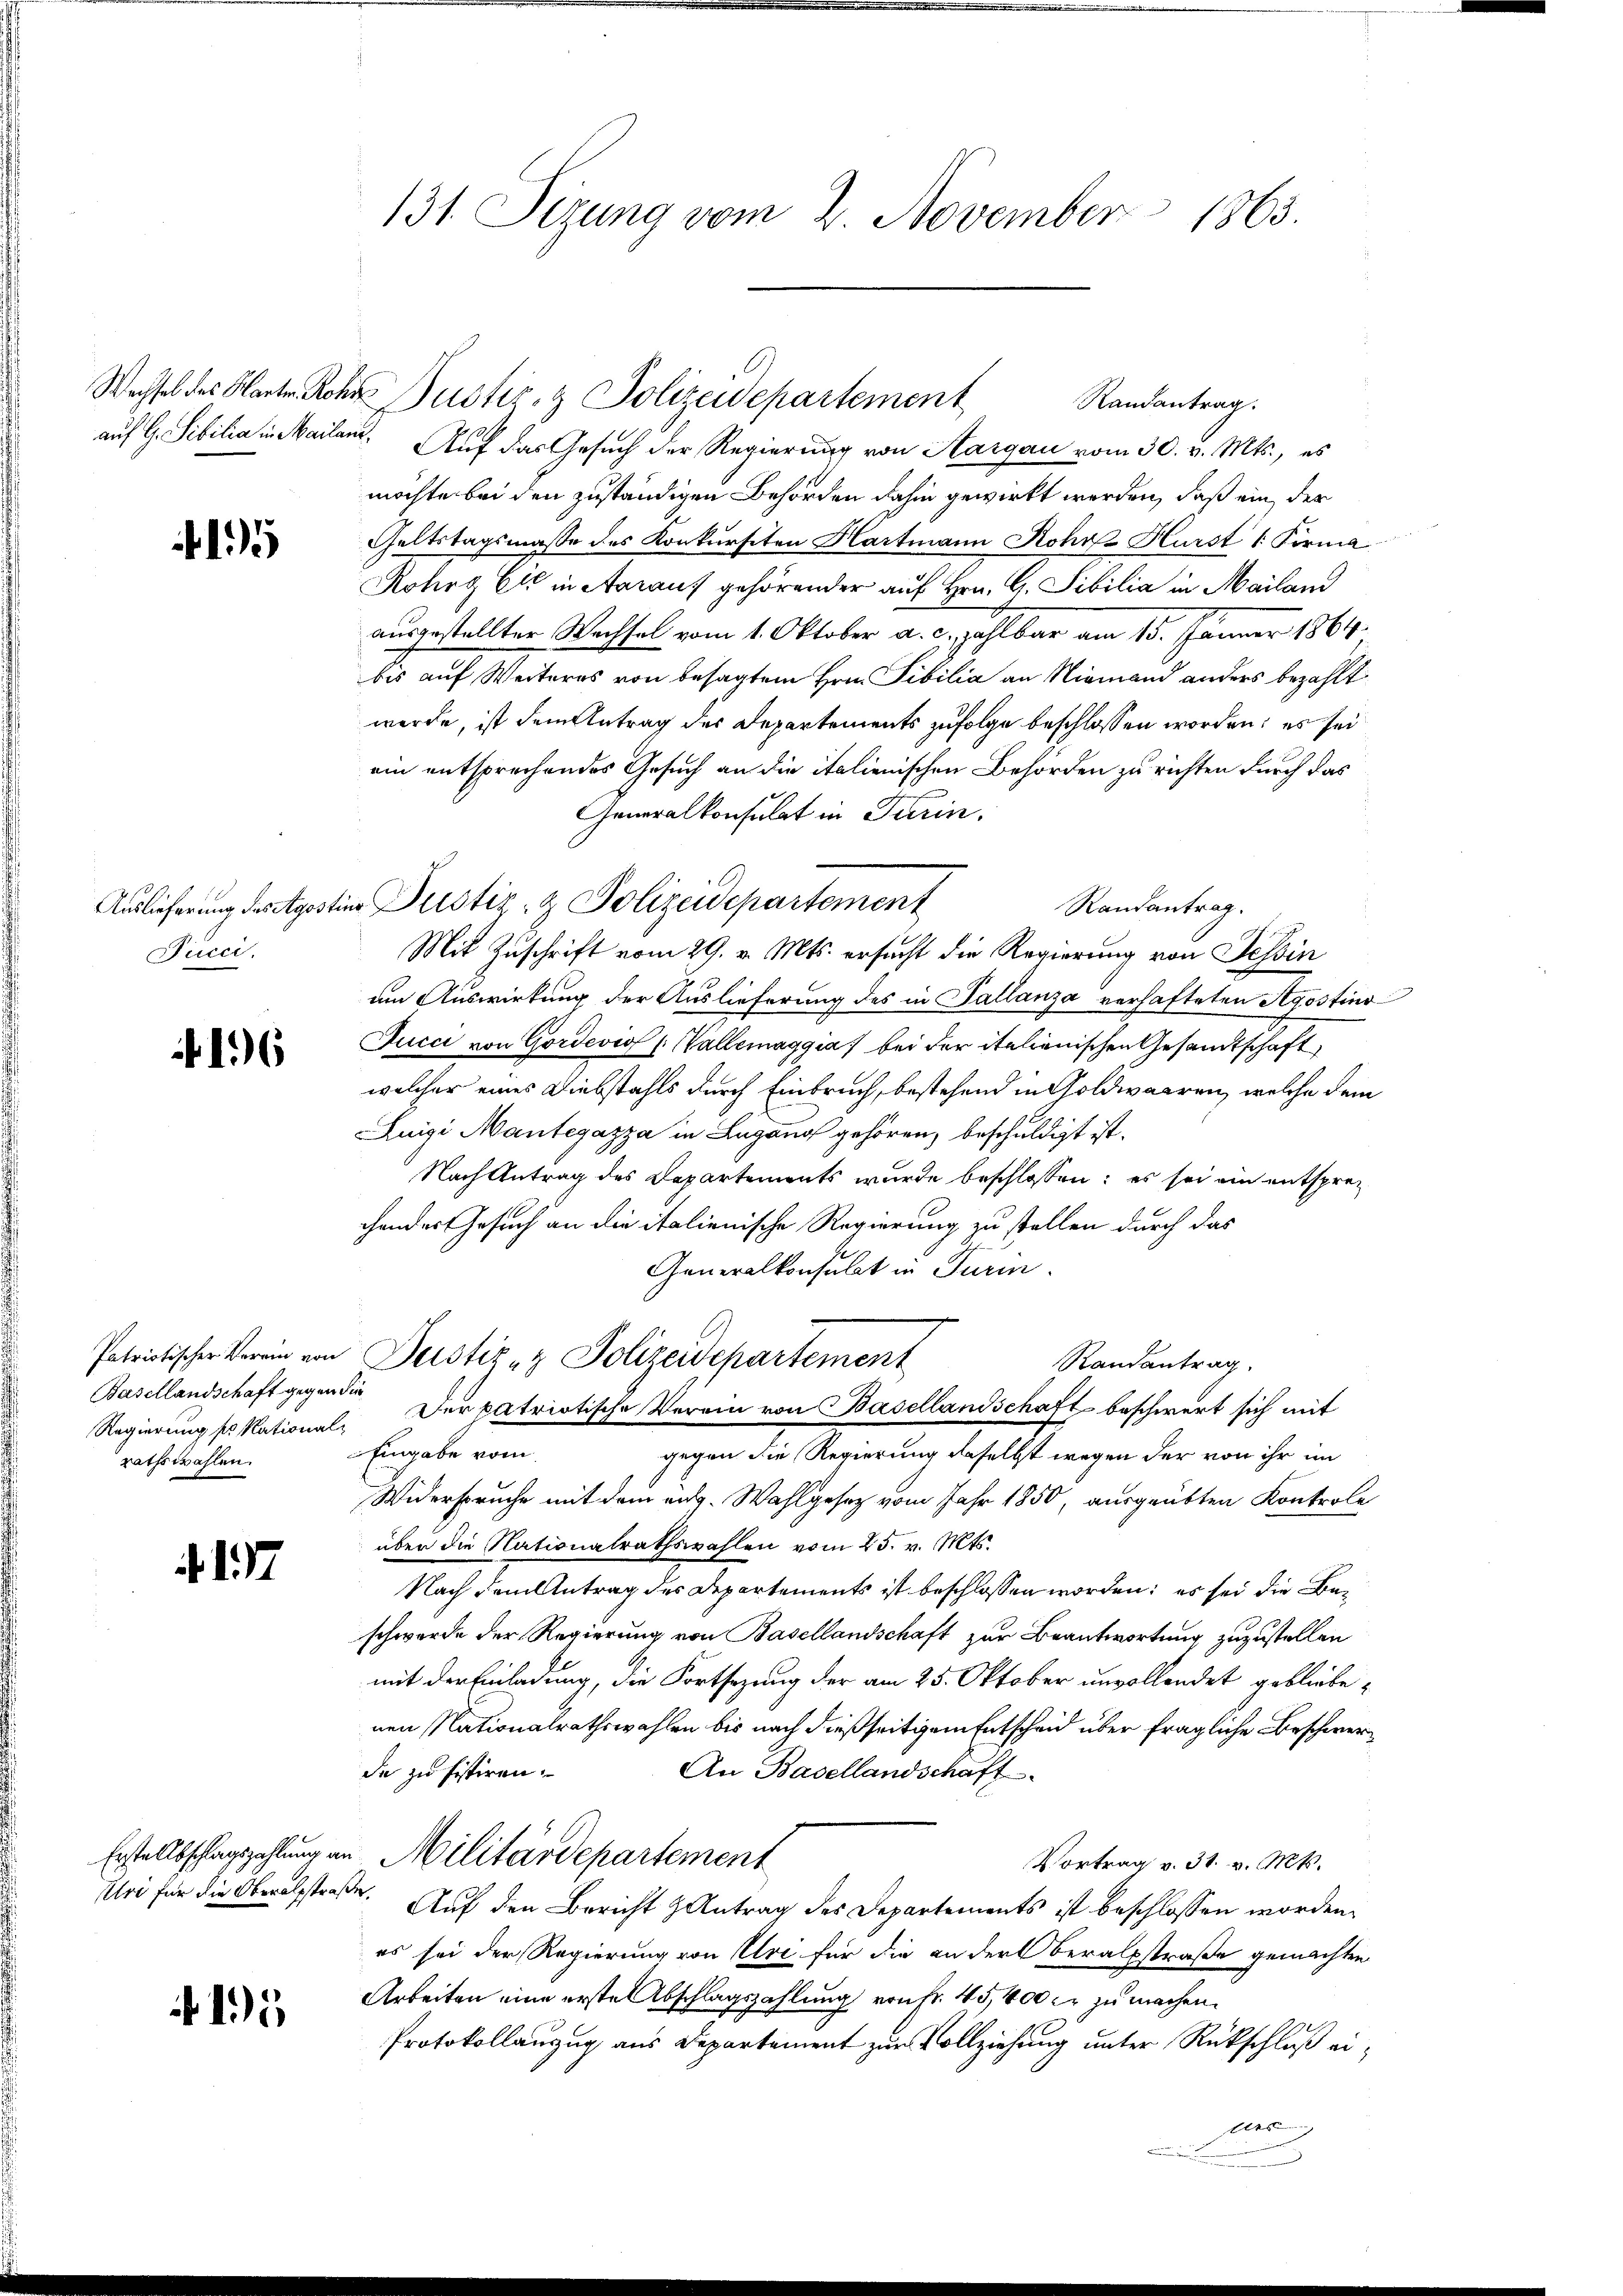
195

Pucci.

. 16

Basellandschaft gegen die
Regierung so kational
rathswahlen.

.17

Uri für die Oberalstra¬

15

131. Sizung vom 2. November 1863.

auf G. Sibilia in Mailan. Auf das Gesuch der Regierung von Aargau vom 30. v. Mts., es
möchte bei den zuständigen Behörden dahin gewirkt werden, daß ein, der
Geltstagsmasse des Konkursiten Hartmann Rohrs Hurst 1 Forma
Rohrg Er in Aarauf gehörender auf Hrn. G. Sibilia in Mailand
ausgestellter Wechsel vom 1. Oktober a. c. zahlbar am 15. Jänner 1864.
bis auf Weiteres von besagtem Hrn. Tibilia an Niemand anders bezahlt
werde, ist dem Antrag des Departements zufolge beschlossen worden; es sei
ein entsprechendes Gesuch an die italienischen Behörden zu richten durch das
Generalkonsulat in Turin.
Randantrag.
f.
Mit Zuschrift vom 29. v. Mts. ersucht die Regierung von Tessin
am Auswirkung der Auslieferung des in Tallanza verhafteten Agostins
Jucci von Gordevio (Wallemaggia bei der italienischen Gesandtschaft
welcher eines Diebstahls durch Einbruch, bestehend in Goldwaaren, welche dem
Luigi Mantegazza in Lugang gehören, beschuldigt ist.
Nach Antrag des Departements wurde beschlossen: es sei ein entsprec
chendes Gesuch an die italienische Regierung zu stellen durch das
Generalkonsulat in Turin.
Patriotischer Verein von Justiz- & Polizeidepartement
Randantrag
Der patriotische Verein von Basellandschaft beschwert sich mit
Eingabe vom
gegen die Regierung daselbst wegen der von ihr im
Widerspruche mit dem eidg. Wahlgesetz vom Jahr 1850, ausgeübten Kontrole
über die Nationalrathswahlen vom 25. v. Mts.
Nach dem Antrag des Departements ist beschlossen worden; es sei die Beschwerde der Regierung von Basellandschaft zur Beantwortung zuzustellen
mit der Einladung, die Fortsezung der am 25. Oktober unvollendet gebliebenen Nationalrathswahlen bis nach dießseitigem Entscheid über fragliche Beschwerde zu sistiren.
An Basellandschaft
Erstellbschlagszahlung im Militärdepartement
Vortrag v. 31. v. Mts.
de. Auf den Bericht Antrag des Departements ist beschlossen worden.
es sei der Regierung von Uri für die ander Beratsstraße gemachten
Arbeiten eine ersten Abschlagszahlung von Fr. 45,400 er zu machen.
Protokollanzug aus Departement zur Vollziehung unter Rückschluß eilers

Wechsel des Karten Rohr Justiz- & Polizeidepartement
Randantrag.

Auslieferung des Agostine Justiz- & Polizeidepartement